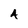
Character: A